Scientific memoirs by medical officers of the Army of India - Part VIII,
Year: 1894
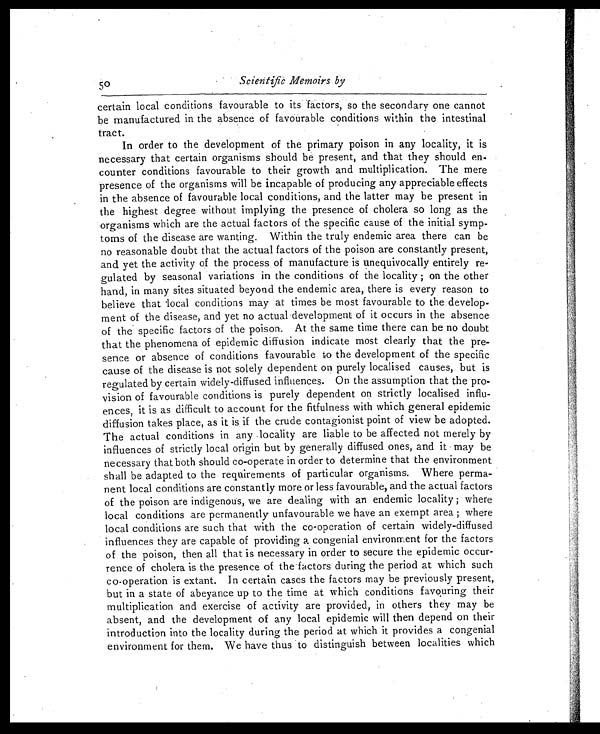
50
Scientific Memoirs by
certain local conditions favourable to its factors, so the secondary one cannot
be manufactured in the absence of favourable conditions within the intestinal
tract.
In order to the development of the primary poison in any locality, it is
necessary that certain organisms should be present, and that they should en-
counter conditions favourable to their growth and multiplication. The mere
presence of the organisms will be incapable of producing any appreciable effects
in the absence of favourable local conditions, and the latter may be present in
the highest degree without implying the presence of cholera so long as the
organisms which are the actual factors of the specific cause of the initial symp-
toms of the disease are wanting. Within the truly endemic area there can be
no reasonable doubt that the actual factors of the poison are constantly present,
and yet the activity of the process of manufacture is unequivocally entirely re-
gulated by seasonal variations in the conditions of the locality ; on the other
hand, in many sites situated beyond the endemic area, there is every reason to
believe that local conditions may at times be most favourable to the develop-
ment of the disease, and yet no actual development of it occurs in the absence
of the specific factors of the poison. At the same time there can be no doubt
that the phenomena of epidemic diffusion indicate most clearly that the pre-
sence or absence of conditions favourable to the development of the specific
cause of the disease is not solely dependent on purely localised causes, but is
regulated by certain widely-diffused influences. On the assumption that the pro-
vision of favourable conditions is purely dependent on strictly localised influ-
ences, it is as difficult to account for the fitfulness with which general epidemic
diffusion takes place, as it is if the crude contagionist point of view be adopted.
The actual conditions in any locality are liable to be affected not merely by
influences of strictly local origin but by generally diffused ones, and it may be
necessary that both should co-operate in order to determine that the environment
shall be adapted to the requirements of particular organisms. Where perma-
nent local conditions are constantly more or less favourable, and the actual factors
of the poison are indigenous, we are dealing with an endemic locality ; where
local conditions are permanently unfavourable we have an exempt area ; where
local conditions are such that with the co-operation of certain widely-diffused
influences they are capable of providing a congenial environment for the factors
of the poison, then all that is necessary in order to secure the epidemic occur-
rence of cholera is the presence of the factors during the period at which such
co-operation is extant. In certain cases the factors may be previously present,
but in a state of abeyance up to the time at which conditions favouring their
multiplication and exercise of activity are provided, in others they may be
absent, and the development of any local epidemic will then depend on their
introduction into the locality during the period at which it provides a congenial
environment for them. We have thus to distinguish between localities which